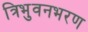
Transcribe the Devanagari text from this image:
त्रिभुवनभरण